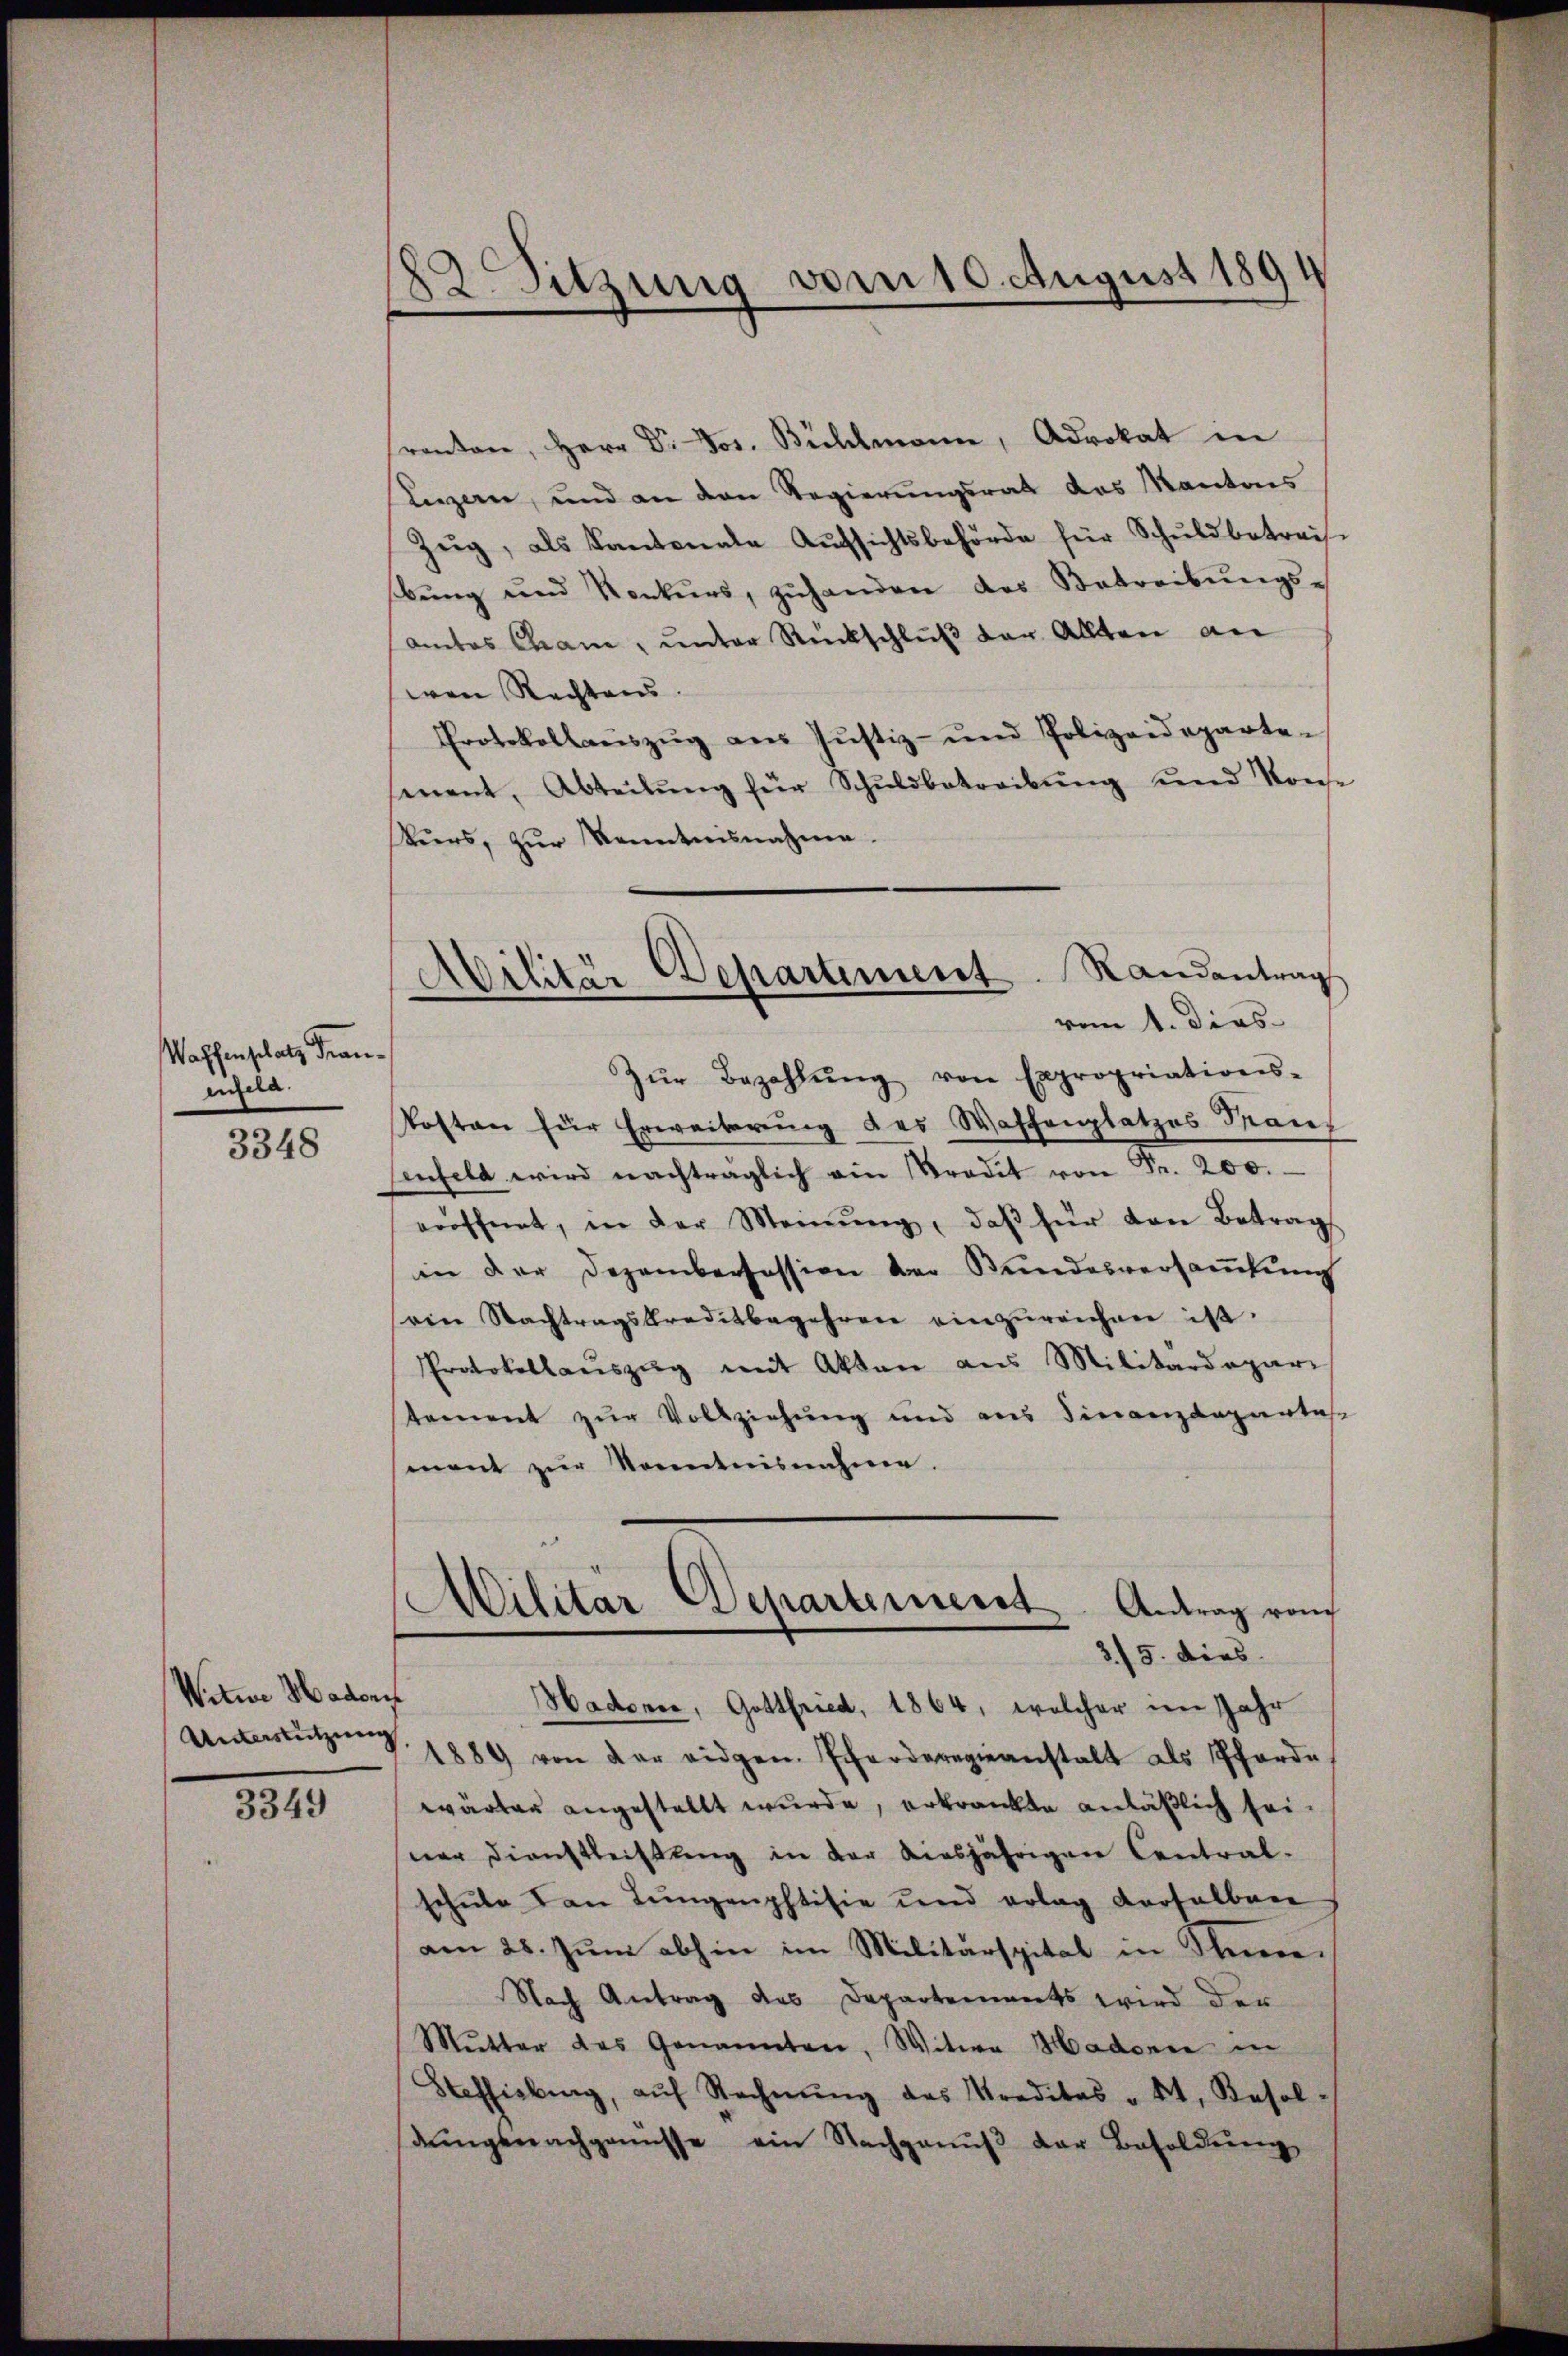
Waffenschatz Frau
enfeld.

3348

Witwe Hadorf
Unterstützung

3349

82 Sitzung vom 10. August 1891

Militär Departement. Landantrag
vom 1. Dies
e

ranten, Herr Dr. Jos. Bühlmann, Advokat in
uzern, und an den Regierungsrath das Kantons
Zŭg, als Kantonale Aufsichtsbehörde für Schuldbetreife
bŭng und Konkurs, zŭhanden des Betreibŭngs-
antes Chame, unter Rückschlŭβ der Allten an
wen Rechtens
Protokollaŭszŭg aŭs Jŭstiz- und Polizeideparte-
senent, Abteilŭng für Schŭldbetreibŭng und Konse
Pturs, zur Kenntnisnahme
Zŭr Bezahlŭng von Expropriations-
Posten für Erweiterung des Waffenplatzes Pare
fenfeld wird nachträglich am Predit von Fr. 200.
eröffnet, in der Meinŭng, daβ für den Betrag
in der Dezembersession bei Bundesversamlung
vin Nachtragskreditbegehren einzŭreichen ist.
Protokollaŭszŭg mit Akten aus Militärdepari
tement zur Vollziehung und aus Finanzdepartas
mant zur Kenntnisnahme.
Militar Departement
Antrag von
3/5. dies
Hadonne, Gottfried, 1864, welcher im Jahr
1889 von der eidgen. Schorderegieanstalt als Pferde
wärter angestellt wurde, erkrankte anläßlich seiner Dienstleistung in der Ausjährigen Central-
schule an Lungenphtisie und erlag derselbare
am 28. Juni abhin im Militärspital in Scheere¬
Nach Antrag des Departements wird der
Mutter das Genannten, Witwe Hadoner in
Steffisburg, aŭf Rechnŭng des Kreditas " Kt. Besol
dŭngsnachgenusse ein Nachganŭβ der Besoldung